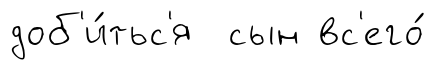
доб'и́тьс'я сын вс'его́